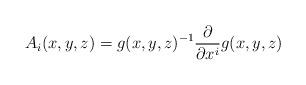
LaTeX: \begin{align*}A_{i}(x,y,z)=g(x,y,z)^{-1} \frac{\partial}{\partial x^{i}}g(x,y,z)\end{align*}